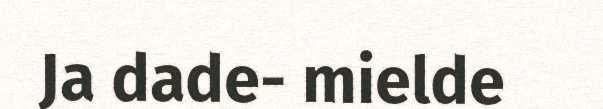
Ja dade- mielde